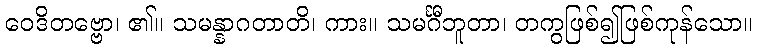
ဝေဒိတဗ္ဗော၊ ၏။ သမန္နာဂတာတိ၊ ကား။ သမင်္ဂီဘူတာ၊ တကွဖြစ်၍ဖြစ်ကုန်သော။